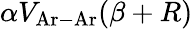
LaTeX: \alpha V_{\mathrm{Ar-Ar}}(\beta+R)